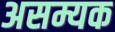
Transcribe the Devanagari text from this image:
असम्यक